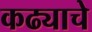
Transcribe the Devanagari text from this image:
कढ्याचे